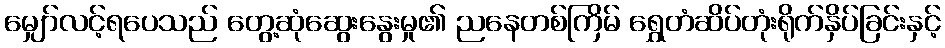
မျှော်လင့်ရပေသည် တွေ့ဆုံဆွေးနွေးမှု၏ ညနေတစ်ကြိမ် ရွှေတံဆိပ်တုံးရိုက်နှိပ်ခြင်းနှင့်